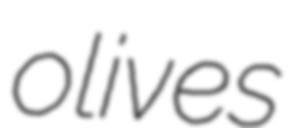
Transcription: olives